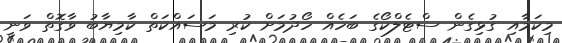
މިކަމާއި ގުޅިގެން ސްޓެލްކޯގެ ބަހެއް ހޯދުމަށް ކުރި މަސައްކަތް ކާމިޔާބު ވާގޮތް ވަނީ